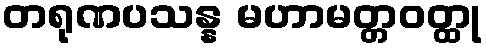
တရုဏပသန္န မဟာမတ္တဝတ္ထု